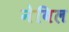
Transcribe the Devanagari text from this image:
नेबिल